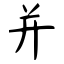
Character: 并